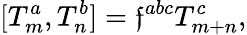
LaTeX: [T_{m}^{a},T_{n}^{b}]=\mathfrak{f}^{abc}T_{m+n}^{c},